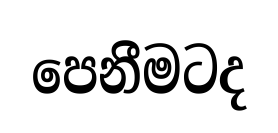
පෙනීමටද